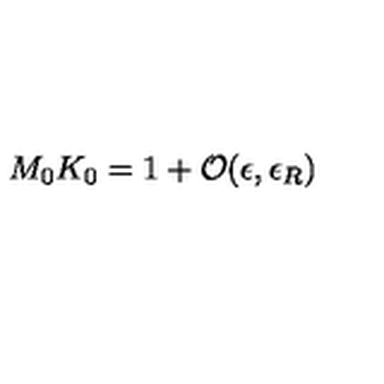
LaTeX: M _ { 0 } K _ { 0 } = 1 + { \cal O } ( \epsilon , \epsilon _ { R } )